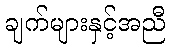
ချက်များနှင့်အညီ